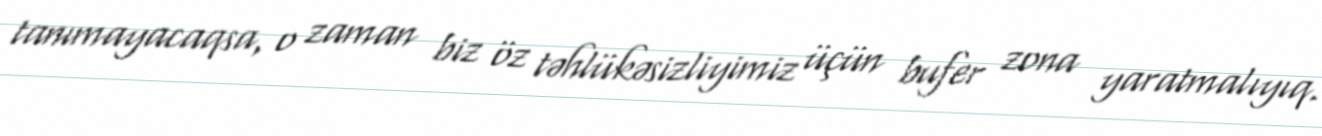
tanımayacaqsa, o zaman biz öz təhlükəsizliyimiz üçün bufer zona yaratmalıyıq.